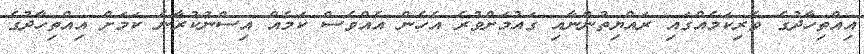
އިއްތިހާދުގެ ވެރިކަމެއްގައި ރައްޔިތުންނާއި ގައުމަށްވުރެ އެހެން އެއްވެސް ކަމެއް އިސްނުކުރާނެ ކަމަށް އިއްތިހާދުގެ